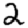
Digit: 2